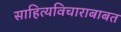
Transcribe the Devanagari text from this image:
साहित्यविचाराबाबत